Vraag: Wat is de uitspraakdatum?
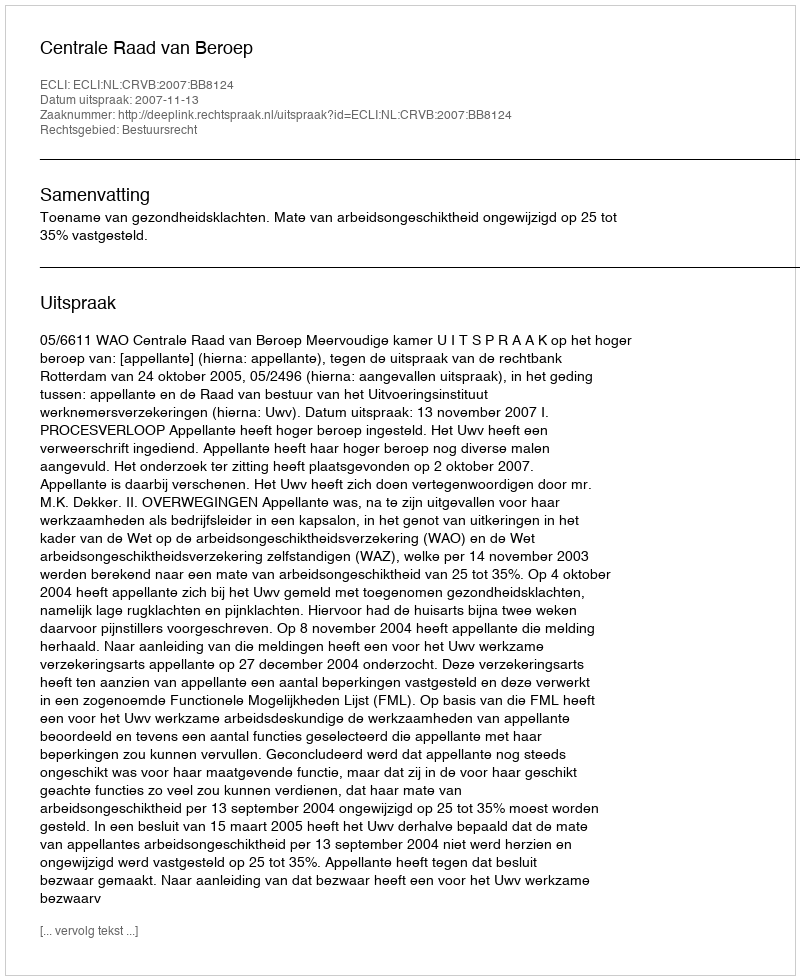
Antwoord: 2007-11-13